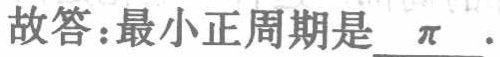
故答：最小正周期是\(\pi\).